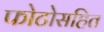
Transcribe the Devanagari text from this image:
फोटोसहित